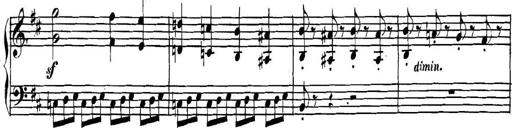
Title: Collected Piano Sonatas
Composer: Muzio Clementi